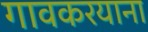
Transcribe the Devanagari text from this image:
गावकरयाना